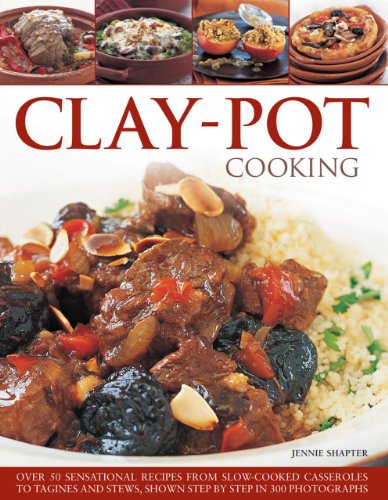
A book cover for Clay-Pot Cooking: Over 50 Sensational Recipes From Slow-Cooked Casseroles To Tagines And Stews, Shown Step By Step In 300 Photographs; Jennie Shapter; Cookbooks, Food & Wine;